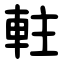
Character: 軴